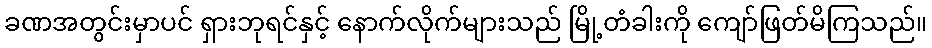
ခဏအတွင်းမှာပင် ရှားဘုရင်နှင့် နောက်လိုက်များသည် မြို့တံခါးကို ကျော်ဖြတ်မိကြသည်။